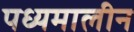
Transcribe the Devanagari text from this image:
पध्यमालीन